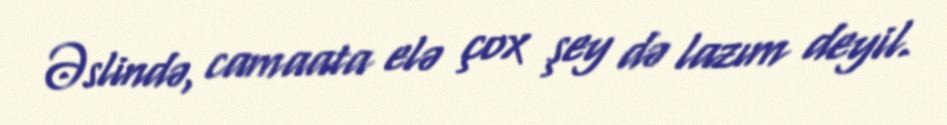
Əslində, camaata elə çox şey də lazım deyil.